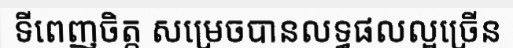
ទីពេញចិត្ត សម្រេចបានលទ្ធផលល្អច្រើន